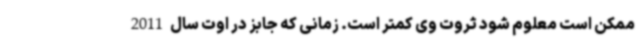
ممکن است معلوم شود ثروت وی کمتر است. زمانی که جابز در اوت سال 2011